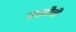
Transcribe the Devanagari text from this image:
रसदीची